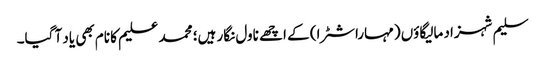
سلیم شہزاد مالیگاؤں (مہاراشٹرا) کے اچھے ناول نگار ہیں؛ محمد علیم کا نام بھی یاد آ گیا۔